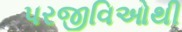
પરજીવિઓથી